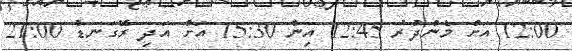
12:00 އަށް މެންދުރު 12:45 އިން 15:30 އަށް އަދި ރޭގަނޑު 21:00